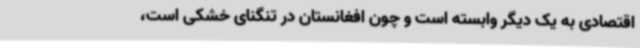
اقتصادی به یک دیگر وابسته است و چون افغانستان در تنگنای خشکی است،